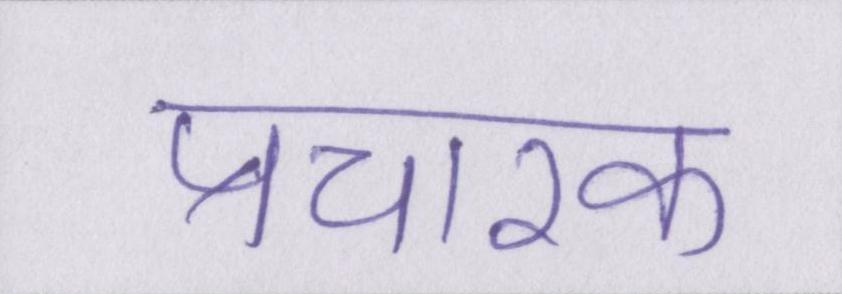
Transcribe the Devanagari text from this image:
प्रचारक